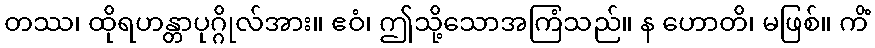
တဿ၊ ထိုရဟန္တာပုဂ္ဂိုလ်အား။ ဧဝံ၊ ဤသို့သောအကြံသည်။ န ဟောတိ၊ မဖြစ်။ ကိံ